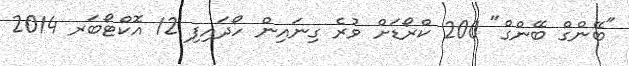
"ބޭންގް ބޭންގް" 200 ކްރޯޑަށް ވުރެ ގިނައިން ހޯދައިފި 12 އޮކްޓޯބަރ 2014